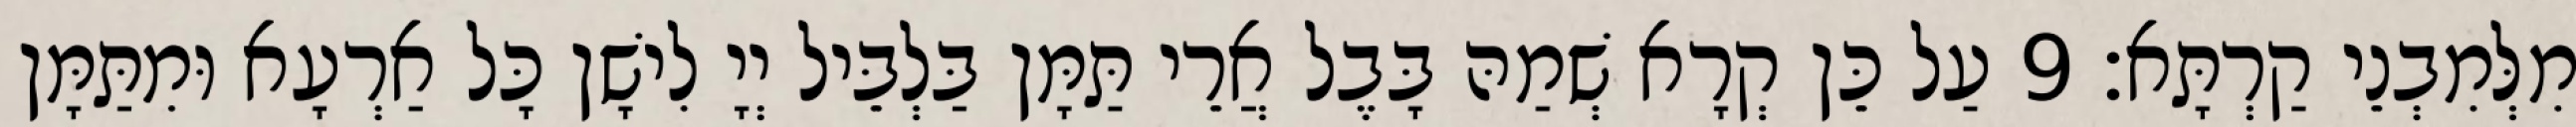
מִלְּמִבְנֵי קַרְתָּא׃ 9 עַל כֵּן קְרָא שְׁמַהּ בָּבֶל אֲרֵי תַּמָּן בַּלְבֵּיל יְיָ לִישָׁן כָּל אַרְעָא וּמִתַּמָּן